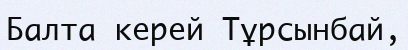
Балта керей Тұрсынбай,